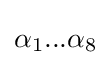
\alpha _{1}...\alpha _{8}